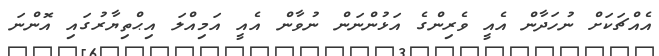
އެއްޗަކަށް ނުހަދާން އެއީ ވެރިންގެ އަޅުންނަން ނުވާން އެއީ އަމިއްލަ އިޙްތިޔާރުގައި އޮންނަ